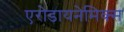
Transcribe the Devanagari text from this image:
एरोडायनेमिक्स